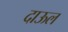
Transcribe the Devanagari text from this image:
दाऊल